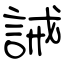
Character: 誡